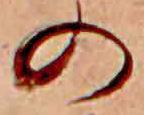
の